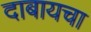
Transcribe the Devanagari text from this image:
दाबायचा